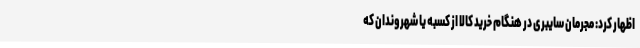
اظهار کرد: مجرمان سایبری در هنگام خرید کالا از کسبه یا شهروندان که